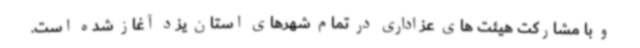
و با مشارکت هیئت های عزاداری در تمام شهرهای استان یزد آغاز شده است.